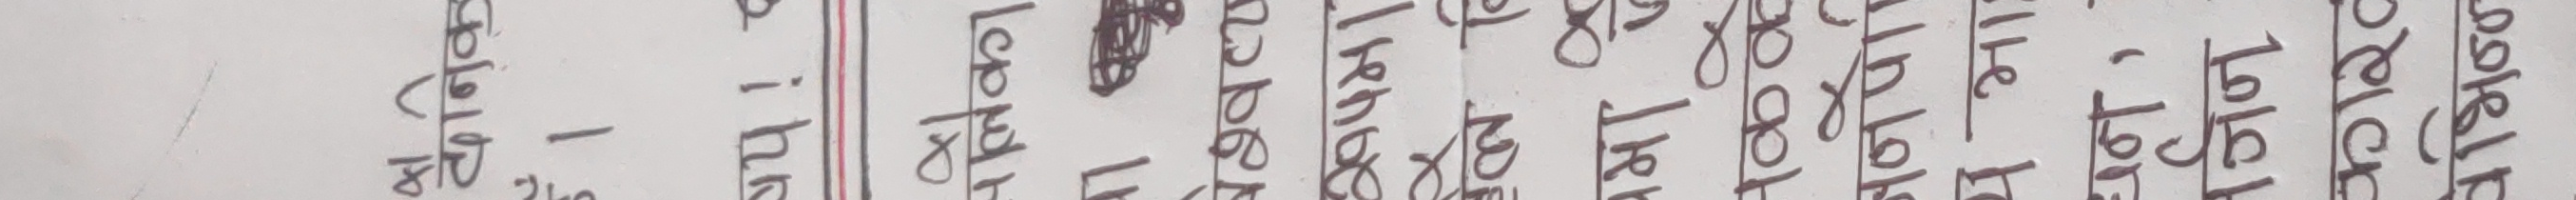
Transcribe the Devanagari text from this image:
दानक
पलिका
17 ब
वंश्वव्य
रुपमा
बमा
नकके
जनप
य भा
धन,
वर्जन
कारट
विभिन्न